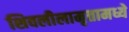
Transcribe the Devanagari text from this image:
शिवलीलामृतामध्ये